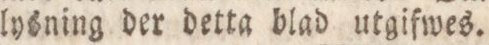
lysning der detta blad utgifwes.